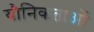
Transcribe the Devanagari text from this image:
यौनिकताओं